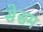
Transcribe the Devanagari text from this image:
सेसम